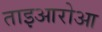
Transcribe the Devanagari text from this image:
ताइआरोआ